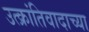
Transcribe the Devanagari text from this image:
उत्क्रांतिवादाच्या